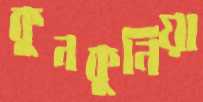
কুনকুনিয়া